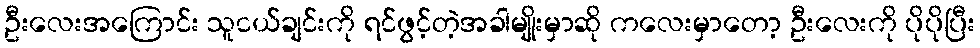
ဦးလေးအကြောင်း သူငယ်ချင်းကို ရင်ဖွင့်တဲ့အခါမျိုးမှာဆို ကလေးမှာတော့ ဦးလေးကို ပိုပိုပြီး